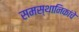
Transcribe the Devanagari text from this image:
समस्थानिकांचे